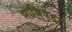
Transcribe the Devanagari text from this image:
माजिवडा